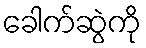
ခေါက်ဆွဲကို